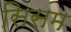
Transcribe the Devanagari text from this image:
सिसम